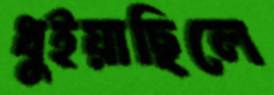
ধুইয়াছিলে